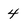
Character: 4